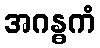
အဂန္ဓကံ